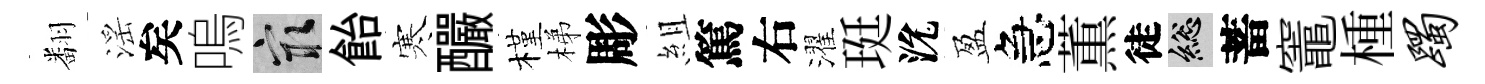
翻滛矣嗚冣飴寒釅槿梯彫組篤右濯珽沇盈急薫徒總蓄竈㮔躅